Lunatic asylums in Bengal annual reports 1912-1924 - 1912-1924
Year: 1912
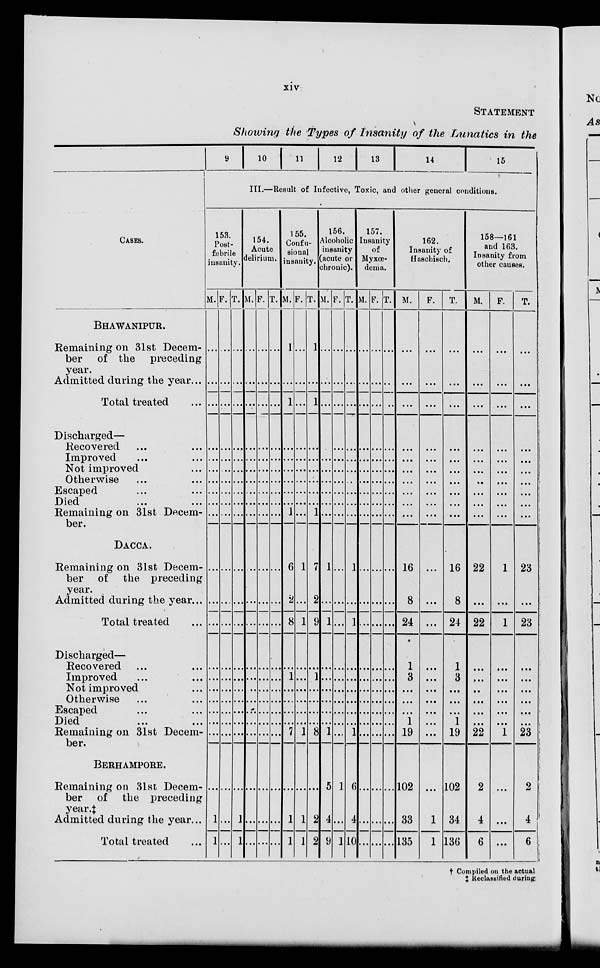
xiv
STATEMENT
Showing the Types of Insanity of the Lunatics in the
CASES.
BHAWANIPUR.
Remaining on 31st Decem-
ber of the preceding
year.
Admitted during the year ...
Total treated ...
Discharged—
Recovered ... ...
Improved ... ...
Not improved ...
Otherwise ... ...
Escaped ... ...
Died ... ...
Remaining on 31st Decem-
ber.
DACCA.
Remaining on 31st Decem-
ber of the preceding
year.
Admitted during the year...
Total treated ...
Discharged—
Recovered ... ...
Improved ... ...
Not improved ...
Otherwise ... ...
Escaped ... ...
Died ... ...
Remaining on 31st Decem-
ber.
BERHAMPORE.
Remaining on 31st Decem-
ber of the preceding
year.‡
Admitted during the year...
Total treated ...
9
10
11
12
13
14
15
III.—Result of Infective, Toxic, and other general conditions.
153.
Post-
febrile
insanity.
M.
...
...
...
...
...
...
...
...
...
...
...
...
...
...
...
...
...
...
...
...
...
1
1
F.
...
...
...
...
...
...
...
...
...
...
...
...
...
...
...
...
...
...
...
...
...
...
...
T.
...
...
...
...
...
...
...
...
...
...
...
...
...
...
...
...
...
...
...
...
...
1
1
154.
Acute
delirium.
M.
...
...
...
...
...
...
...
...
...
...
...
...
...
...
...
...
...
...
...
...
...
...
...
F.
...
...
...
...
...
...
...
...
...
...
...
...
...
...
...
...
...
...
...
...
...
...
...
T.
...
...
...
...
...
...
...
...
...
...
...
...
...
...
...
...
...
...
...
...
...
...
...
155.
Confu-
sional
insanity.
M.
1
...
1
...
...
...
...
...
...
1
6
2
8
...
1
...
...
...
...
7
...
1
1
F.
...
...
...
...
...
...
...
...
...
...
1
...
1
...
...
...
...
...
...
1
...
1
1
T.
1
...
1
...
...
...
...
...
...
1
7
2
9
...
1
...
...
...
...
8
...
2
2
156.
Alcoholic
insanity
acute or
chronic).
M.
...
...
...
...
...
...
...
...
...
...
1
...
1
...
...
...
...
...
...
1
5
4
9
F.
...
...
...
...
...
...
...
...
...
...
...
...
...
...
...
...
...
...
...
...
1
...
1
T.
...
...
...
...
...
...
...
...
...
...
1
...
1
...
...
...
...
...
...
1
6
4
10
157.
Insanity
of
Myxœ-
dema.
M.
...
...
...
...
...
...
...
...
...
...
...
...
...
...
...
...
...
...
...
...
...
...
...
F.
...
...
...
...
...
...
...
...
...
...
...
...
...
...
...
...
...
...
...
...
...
...
...
T.
...
...
...
...
...
...
...
...
...
...
...
...
...
...
...
...
...
...
...
...
...
...
...
162.
Insanity of
Haschisch.
M.
...
...
...
...
...
...
...
...
...
...
16
8
24
1
3
...
...
...
1
19
102
33
135
F.
...
...
...
...
...
...
...
...
...
...
...
...
...
...
...
...
...
...
...
...
...
1
1
T.
...
...
...
...
...
...
...
...
...
...
16
8
24
1
3
...
...
...
1
19
102
34
136
158—161
and 163.
Insanity from
other causes.
M.
...
...
...
...
...
...
...
...
...
...
22
...
22
...
...
...
...
...
...
22
2
4
6
F.
...
...
...
...
...
...
...
...
...
...
1
...
1
...
...
...
...
...
...
1
...
...
...
T.
...
...
...
...
...
...
...
...
...
...
23
...
23
...
...
...
...
...
...
23
2
4
6
† Compiled on the actual
‡ Reclassified during